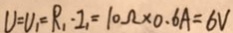
V = V _ { 1 } = R _ { 1 } \cdot I _ { 1 } = 1 0 \Omega \times 0 . 6 A = 6 V